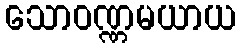
သောဝဏ္ဏမယာယ